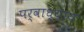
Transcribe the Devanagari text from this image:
पर्वाध्याय